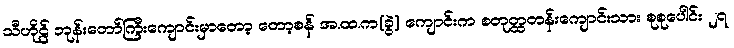
သီဟိုဠ် ဘုန်းတော်ကြီးကျောင်းမှာတော့ တော့စန် အ.ထ.က(ခွဲ) ကျောင်းက စတုတ္ထတန်းကျောင်းသား စုစုပေါင်း ၂၇